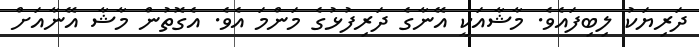
ދަރިޔަކު ލިބިފައެވެ. މާޝާއަކީ އޭނާގެ ދަރިފުޅުގެ މަންމަ އެވެ. އެގޮތުން މާޝާ އޭނާއަށް